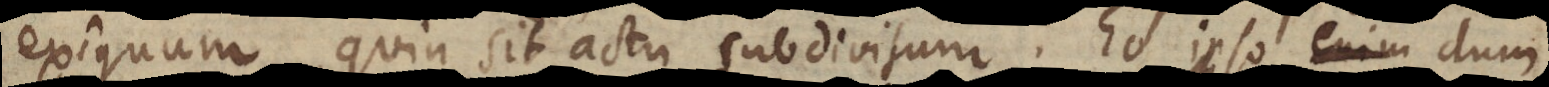
exiguum, quin sit actu subdivisum. Eo ipso dum